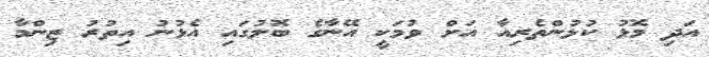
އަދި މޮޅު ކުޅުންތެރިއާ އަށް ވުމަކީ އޭނާގެ ބޮލުގައި އެޅުނު އިތުރު ޒިންމާ